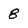
Character: 8